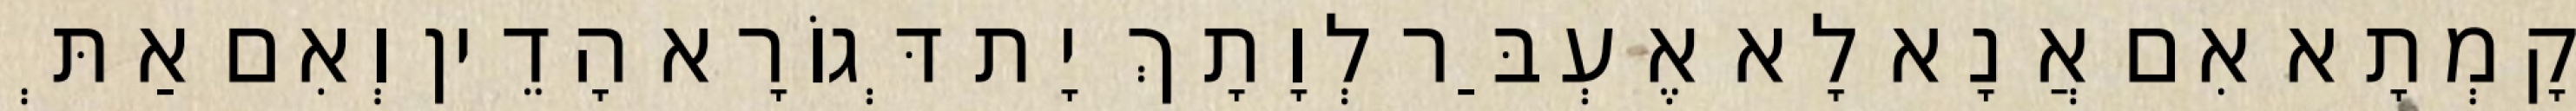
קָמְתָא אִם אֲנָא לָא אֶעְבַּר לְוָתָךְ יָת דְּגוֹרָא הָדֵין וְאִם אַתְּ